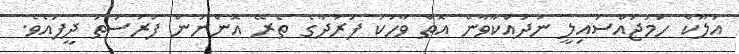
އަލޫކް ހަމަޖައްސައިލީ ނުދައްކާވާން އޮތް ވާހަކަ ފަރުދާގެ ތެރޭ އޮންނަން ފުރުސަތު ދީފައެވެ.